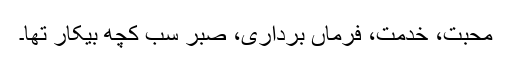
محبت، خدمت، فرماں برداری، صبر سب کچھ بیکار تھا۔